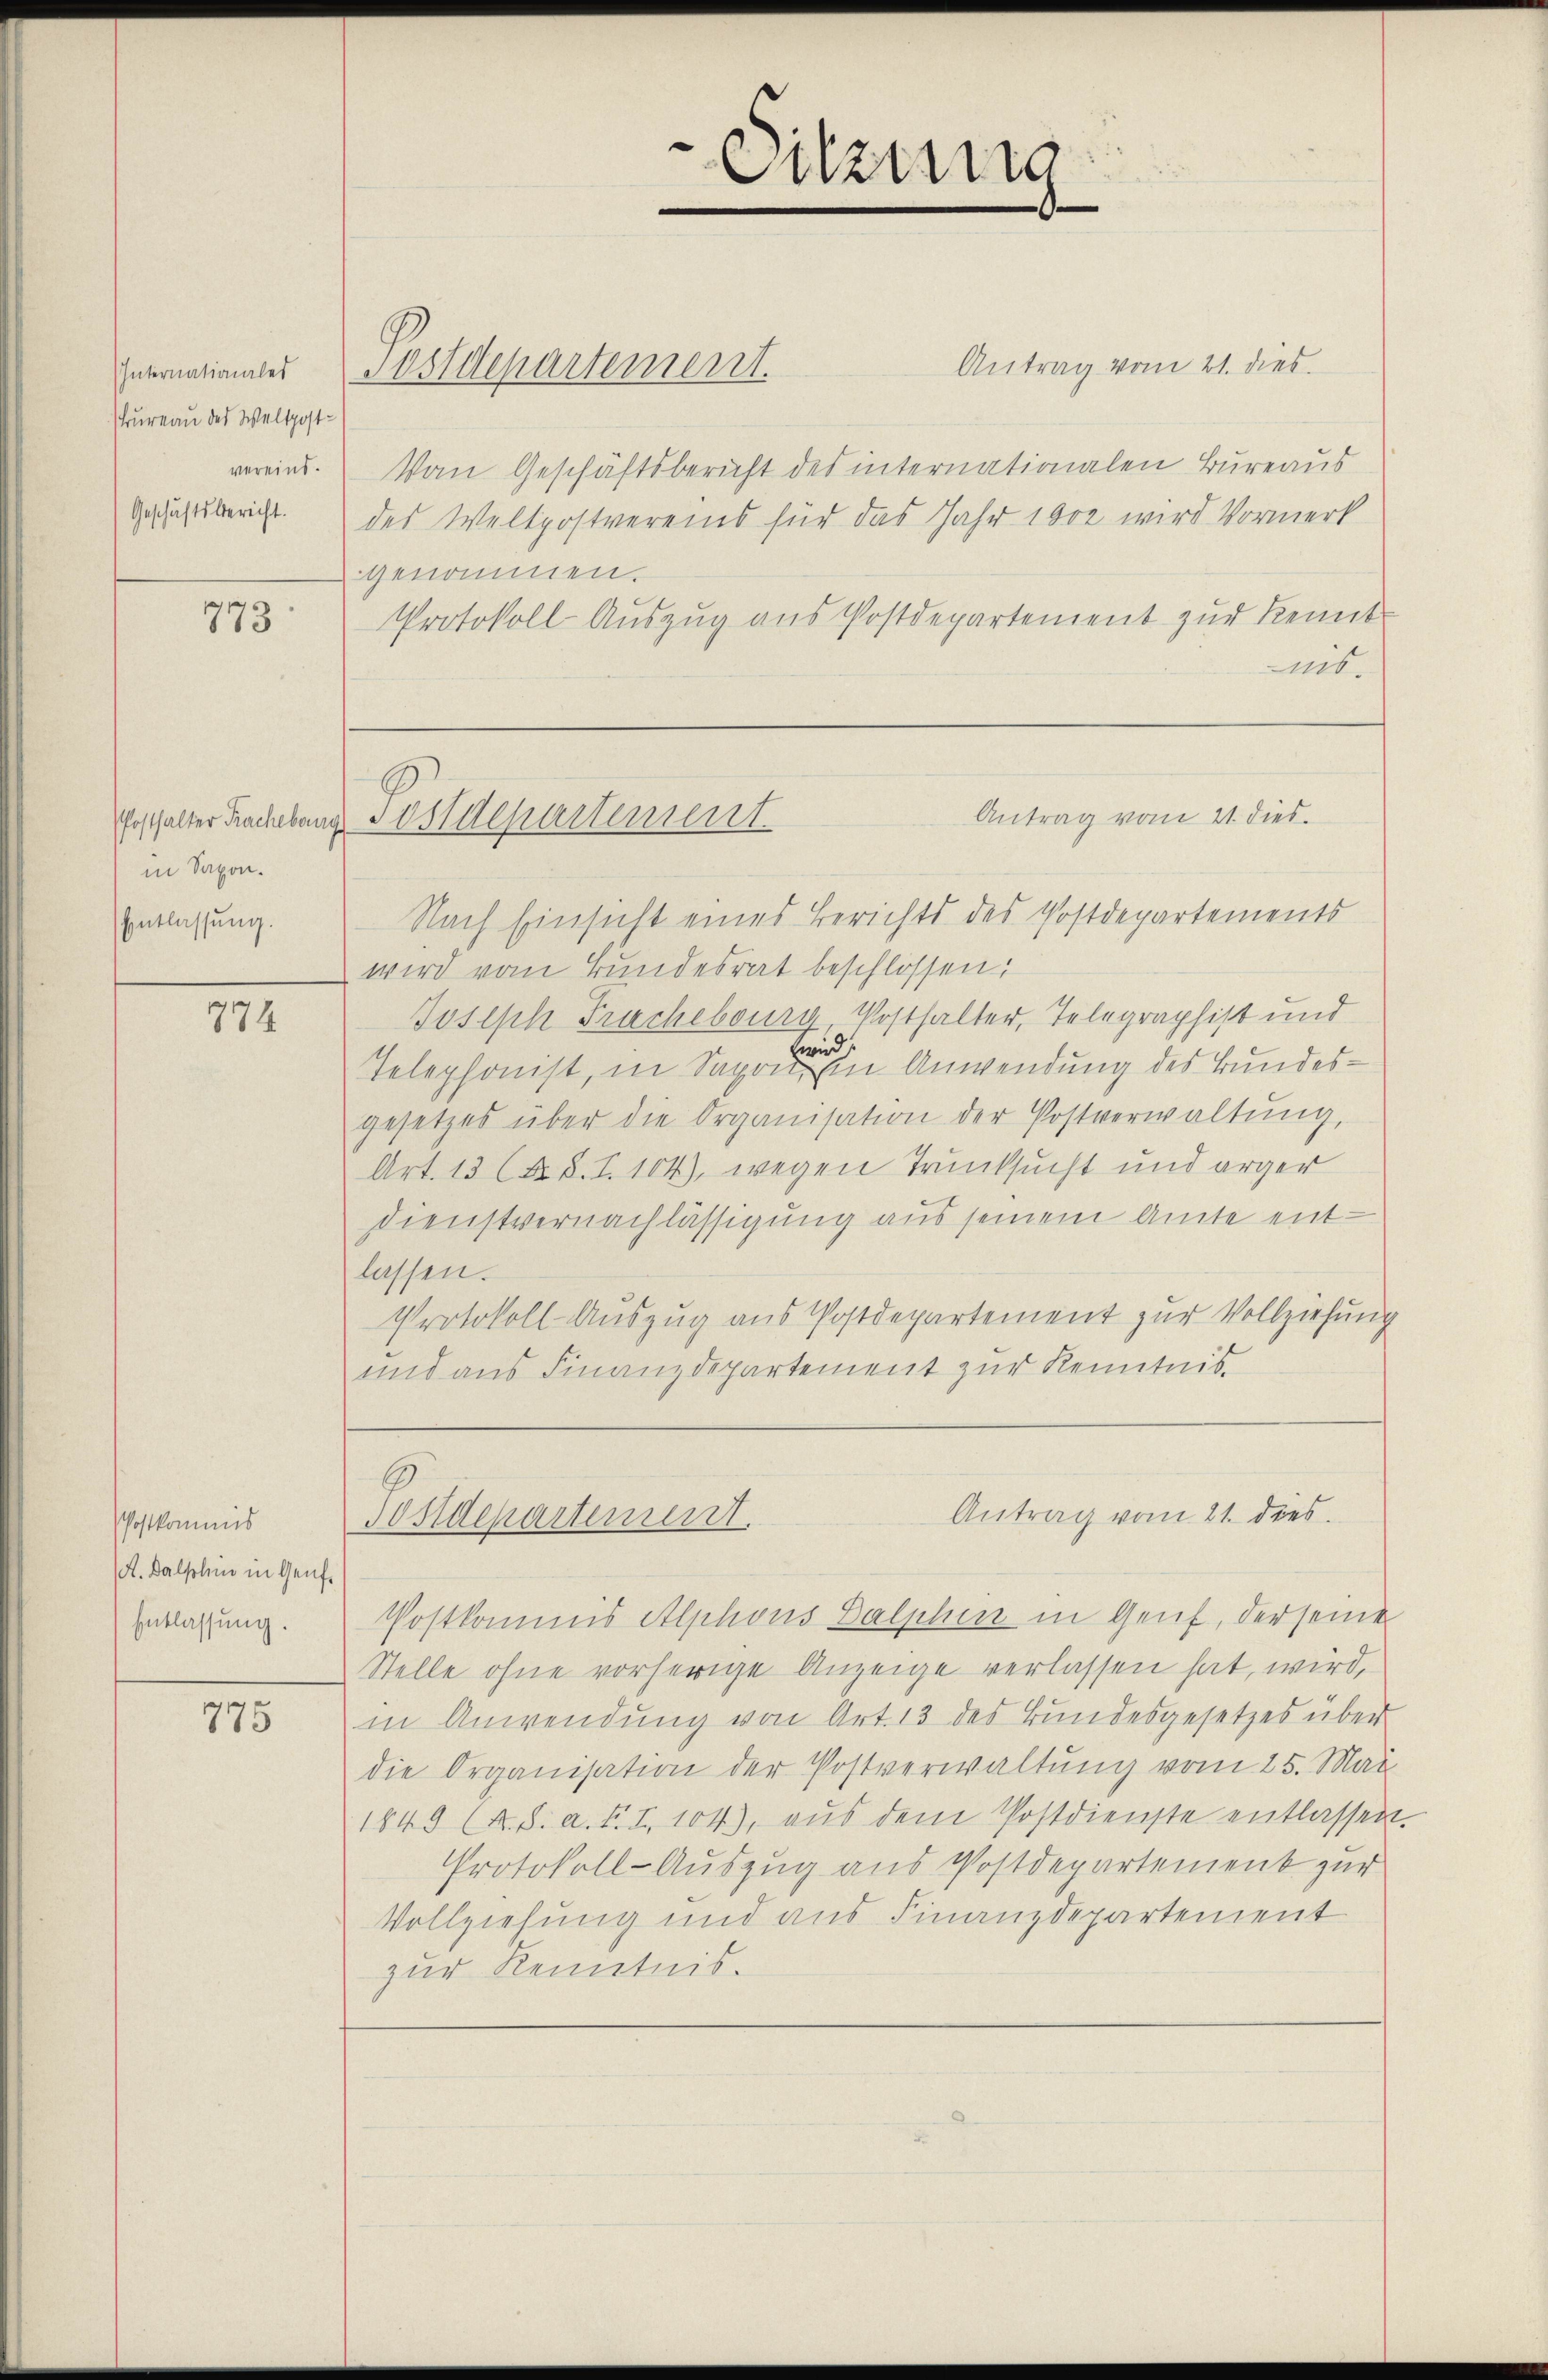
Internationales
Trureau des Weltpostvereins.
Geschäftsbericht.

773

in Saxon.
Entlassung.

774

Postkommis
(A. Balsohne in Genf¬
Entlassung.

775

Antrag vom 21. dies
Postdepartement.
Von Geschäftsbericht des internationalen Bureaus
des Weltpostvereins für das Jahr 1900 wird Vormerk
genommen.
Protokoll-Auszug aus Postdepartement zur Kennt
is.
Nach Einsicht eines Berichts des Postdepartements
wird vom Bundesrat beschlossen:
Joseph Frachebourg, Posthalter, Telegraphist und
wwird.
Telephonst, in Saponen Anwendung des Bundesgesetzes über die Organisation der Postverwaltŭng,
Art. 13 (d. h. T.104), wegen Trunksucht und arger
Dienstvernachlässigung aus seinem Amte ent-
lassen.
Protokoll-Auszug aus Postdepartement zur Vollziehung
und aus Finanzdepartement zur Kenntnis.

geschalter Frachebung Postdepartement

Sitzung

Antrag vom 21. dies

Antrag vom 21. dies
Tostdepartenunt

Postkommis Alphons Salphen in Genf, der seine
Stelle ohne vorherige Anzeige verlassen hat, wird,
in Anwendung von Art. 13 des Bundesgesetzes über
die Organisation der Postverwaltung vom 25. Mai
1849 (N. S. a. f. I. 104), aus dem Postdienste entlassen.
Protokoll-Auszug aus Postdepartement zur
Vollziehung und aus Finanzdepartement
zur Kenntnis.